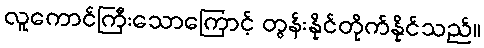
လူကောင်ကြီးသောကြောင့် တွန်းနိုင်တိုက်နိုင်သည်။